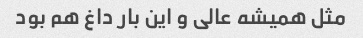
مثل همیشه عالی و این بار داغ هم بود